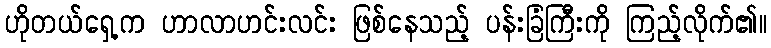
ဟိုတယ်ရှေ့က ဟာလာဟင်းလင်း ဖြစ်နေသည့် ပန်းခြံကြီးကို ကြည့်လိုက်၏။